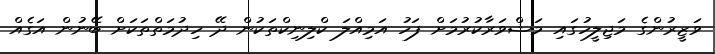
ވަޒީރުންގެ މަޖިލީހުގައި މަޝްވަރާކުރުމަށް ފަހު އަމިއްލަ ކްލިނިކްތަކުން ދޭ ހިދުމަތްތަކަށް ބޭނުން އަގެއް